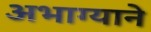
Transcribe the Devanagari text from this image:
अभाग्याने